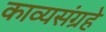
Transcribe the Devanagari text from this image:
काव्यसंग्रहे